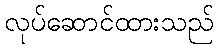
လုပ်ဆောင်ထားသည်